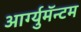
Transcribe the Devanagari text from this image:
आर्ग्युमॅन्टम